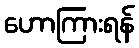
ဟောကြားရန်